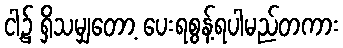
ငါ့၌ ရှိသမျှတော့ ပေးရစွန့်ရပါမည်တကား